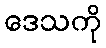
ဒေသကို